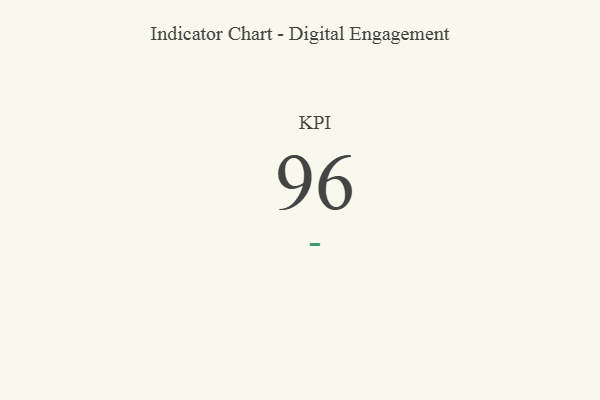
{"axis": {"x": "KPI", "y": "Value"}, "legend": [""], "data": [{"x": "KPI", "y": 96, "type": ""}]}